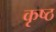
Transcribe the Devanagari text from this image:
कृष्ठ